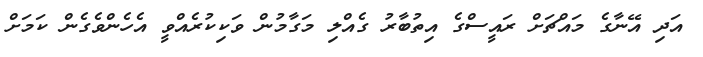
އަދި އޭނާގެ މައްޗަށް ރައީސްގެ އިތުބާރު ގެއްލި މަގާމުން ވަކިކުރެއްވީ އެހެންވެގެން ކަމަށް